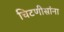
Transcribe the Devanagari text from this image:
चिटणीसांना